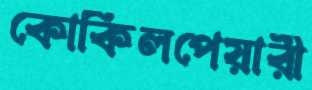
কোকিলপেয়ারী